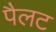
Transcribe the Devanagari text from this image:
पैलट